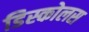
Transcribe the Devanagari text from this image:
डिस्कोलस